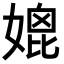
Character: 𡠌